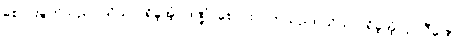
စောင်းခွက်သည်။ သိယာ၊ ရှိခဲ့အံ့။ ဒဏ္ဍံ၊ စောင်းလက်သည်။ သိယာ၊ ရှိခဲ့အံ့။ ဥပဝီဏော၊